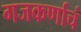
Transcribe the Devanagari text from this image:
गजकर्णाचं